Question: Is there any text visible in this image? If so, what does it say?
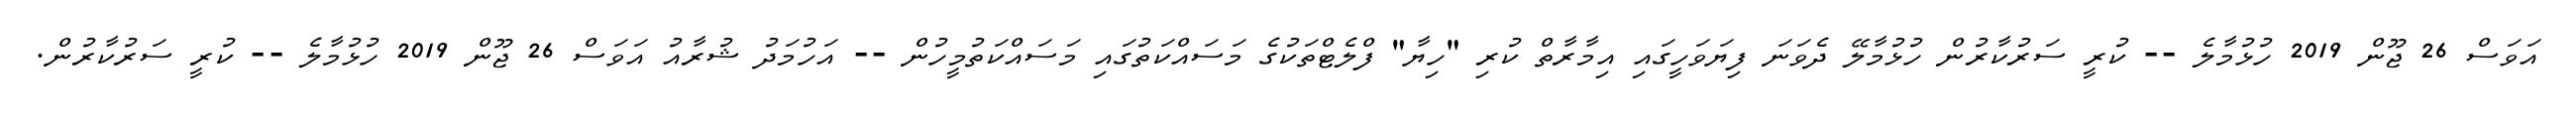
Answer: އަވަސް 26 ޖޫން 2019 ހުޅުމާލެ -- ކުރީ ސަރުކާރުން ހުޅުމާލޭ ދެވަނަ ފިޔަވަހީގައި އިމާރާތް ކުރި "ހިޔާ" ފްލެޓްތަކުގެ މަސައްކަތުގައި މަސައްކަތުމީހުން -- އަހުމަދު ޝުރާއު އަވަސް 26 ޖޫން 2019 ހުޅުމާލެ -- ކުރީ ސަރުކާރުން.